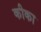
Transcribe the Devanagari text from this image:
कीका